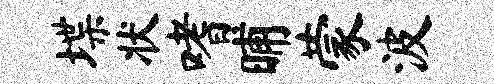
堞状嗜晡蒙波